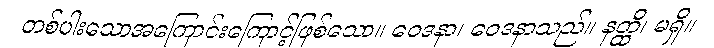
တစ်ပါးသောအကြောင်းကြောင့်ဖြစ်သော။ ဝေဒနာ၊ ဝေဒနာသည်။ နတ္ထိ၊ မရှိ။